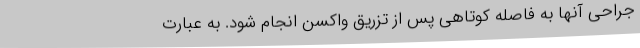
جراحی آنها به‌ فاصله کوتاهی پس از تزریق واکسن انجام شود. به عبارت